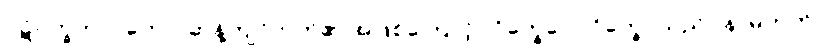
ပဋိပက္ခဘာဝတော၊ ဆန့်ကျင်ဘက်၏ အဖြစ်ကြောင့်။ ဝိက္ခေပေါ၊ ဝိက္ခေပသည်။ န၊ မဟုတ်။